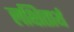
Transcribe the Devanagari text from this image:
लक्षितार्थ